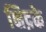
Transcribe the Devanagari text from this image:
क्षिद्रके